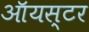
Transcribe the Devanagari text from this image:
ऑयस्टर